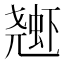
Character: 𱿱